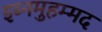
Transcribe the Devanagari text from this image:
इब्नमुहम्मद